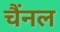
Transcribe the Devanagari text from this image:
चैंनल